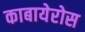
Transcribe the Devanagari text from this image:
काबायेरोस